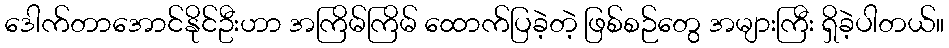
ဒေါက်တာအောင်နိုင်ဦးဟာ အကြိမ်ကြိမ် ထောက်ပြခဲ့တဲ့ ဖြစ်စဉ်တွေ အများကြီး ရှိခဲ့ပါတယ်။